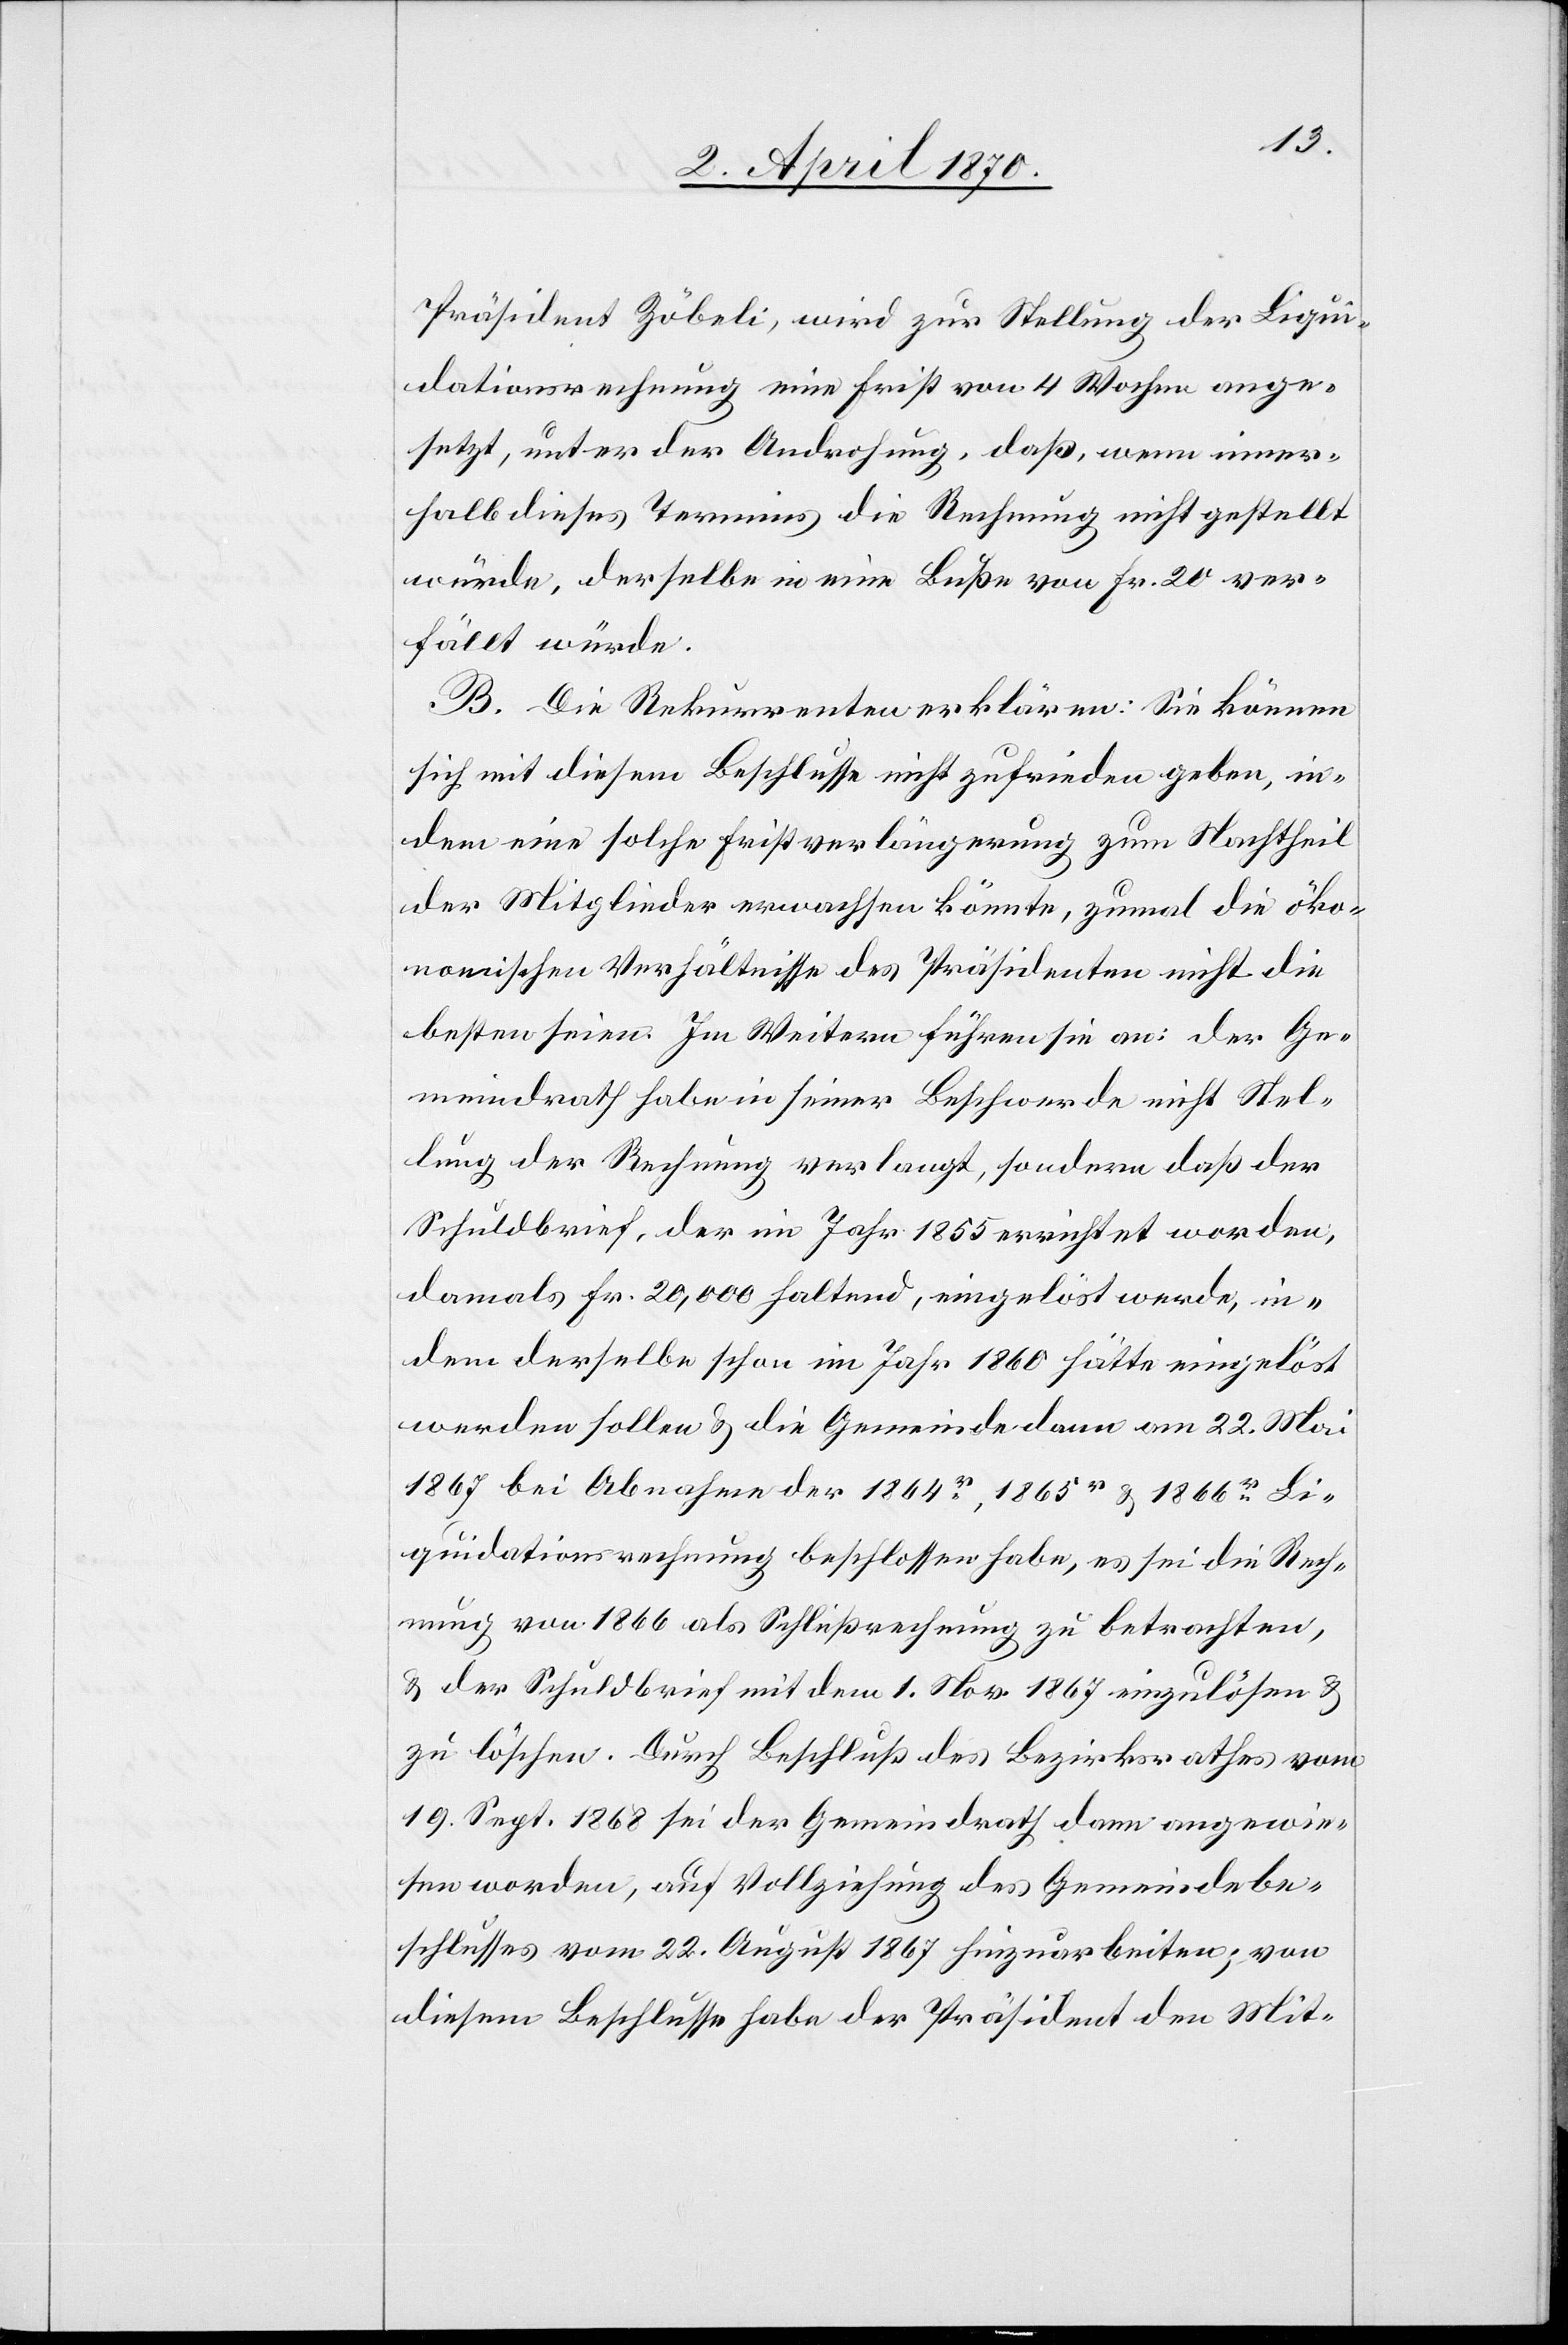
Präsident Zöbeli, wird zur Stellung der Liqui¬
dationsrechnung eine Frist von 4 Wochen ange¬
setzt, unter der Androhung, daß, wenn inner¬
halb dieses Termins die Rechnung nicht gestellt
würde, derselbe in eine Buße von Fr. 20 ver¬
fällt würde.
B. Die Rekurrenten erklären: Sie können
sich mit diesem Beschlusse nicht zufrieden geben, in¬
dem eine solche Fristverlängerung zum Nachtheil
der Mitglieder erwachsen könnte, zumal die öko¬
nomischen Verhältnisse des Präsidenten nicht die
besten seien. Im Weitern führen sie an: der Ge¬
meindrath habe in seiner Beschwerde nicht Stel¬
lung der Rechnung verlangt, sondern daß der
Schuldbrief, der im Jahr 1855 errichtet worden,
damals Fr. 20,000 haltend, eingelöst werde, in¬
dem derselbe schon im Jahr 1860 hätte eingelöst
werden sollen & die Gemeinde dann am 22. Mai
1867 bei Abnahme der 1864r, 1865r & 1866r Li¬
quidationsrechnung beschlossen habe, es sei die Rech¬
nung von 1866 als Schlußrechnung zu betrachten,
& der Schuldbrief mit dem 1. Nov. 1867 einzulösen &
zu löschen. Durch Beschluß des Bezirksrathes vom
19. Sept. 1868 sei der Gemeindrath dann angewie¬
sen worden, auf Vollziehung des Gemeindebe¬
schlusses vom 22. August 1867 hinzuarbeiten; von
diesem Beschlusse habe der Präsident den Mit-